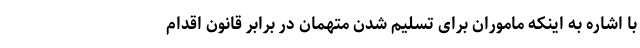
با اشاره به اینکه ماموران برای تسلیم شدن متهمان در برابر قانون اقدام